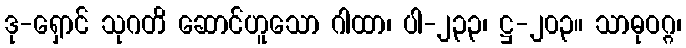
ဒု-ရှောင် သုဂတိ ဆောင်ဟူသော ဂါထာ၊ ပါ-၂၃၃၊ ဋ္ဌ-၂၀၃။ သာဓုဝဂ္ဂ၊